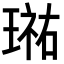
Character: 𭹮